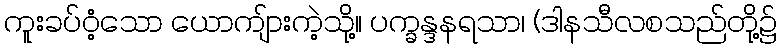
ကူးခပ်ဝံ့သော ယောကျ်ားကဲ့သို့။ ပက္ခန္ဒနရသာ၊ (ဒါနသီလစသည်တို့၌